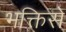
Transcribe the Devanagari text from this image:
भक्तिसे